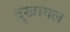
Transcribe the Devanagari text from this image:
दुखायल